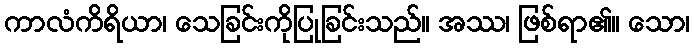
ကာလံကိရိယာ၊ သေခြင်းကိုပြုခြင်းသည်။ အဿ၊ ဖြစ်ရာ၏။ သော၊